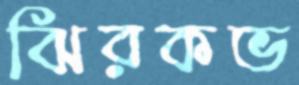
ঝিরকভ